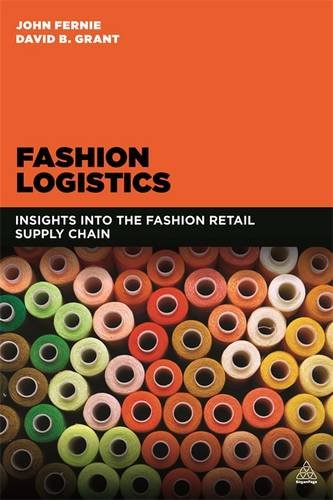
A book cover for Fashion Logistics: Insights Into the Fashion Retail Supply Chain; John Fernie; Business & Money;